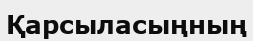
Қарсыласыңның